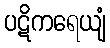
ပဋိကရေယျံ